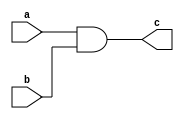
//Behaviour level using  procedural block
module gate(input a,b,
            output reg c);
  always@(*) begin
    
    c = a & b;
  end
  
endmodule